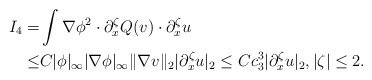
\begin{align*}I_4=&\int \nabla \phi^2\cdot \partial^\zeta_x Q(v) \cdot \partial^\zeta_x u\\\leq & C|\phi|_\infty|\nabla \phi|_\infty \|\nabla v\|_2 | \partial^\zeta_x u|_2\leq Cc^3_3 |\partial^\zeta_x u |_2, |\zeta|\leq 2.\end{align*}